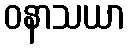
ဝနာသယာ